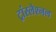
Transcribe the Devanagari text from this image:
ट्रांस्लेश्नल